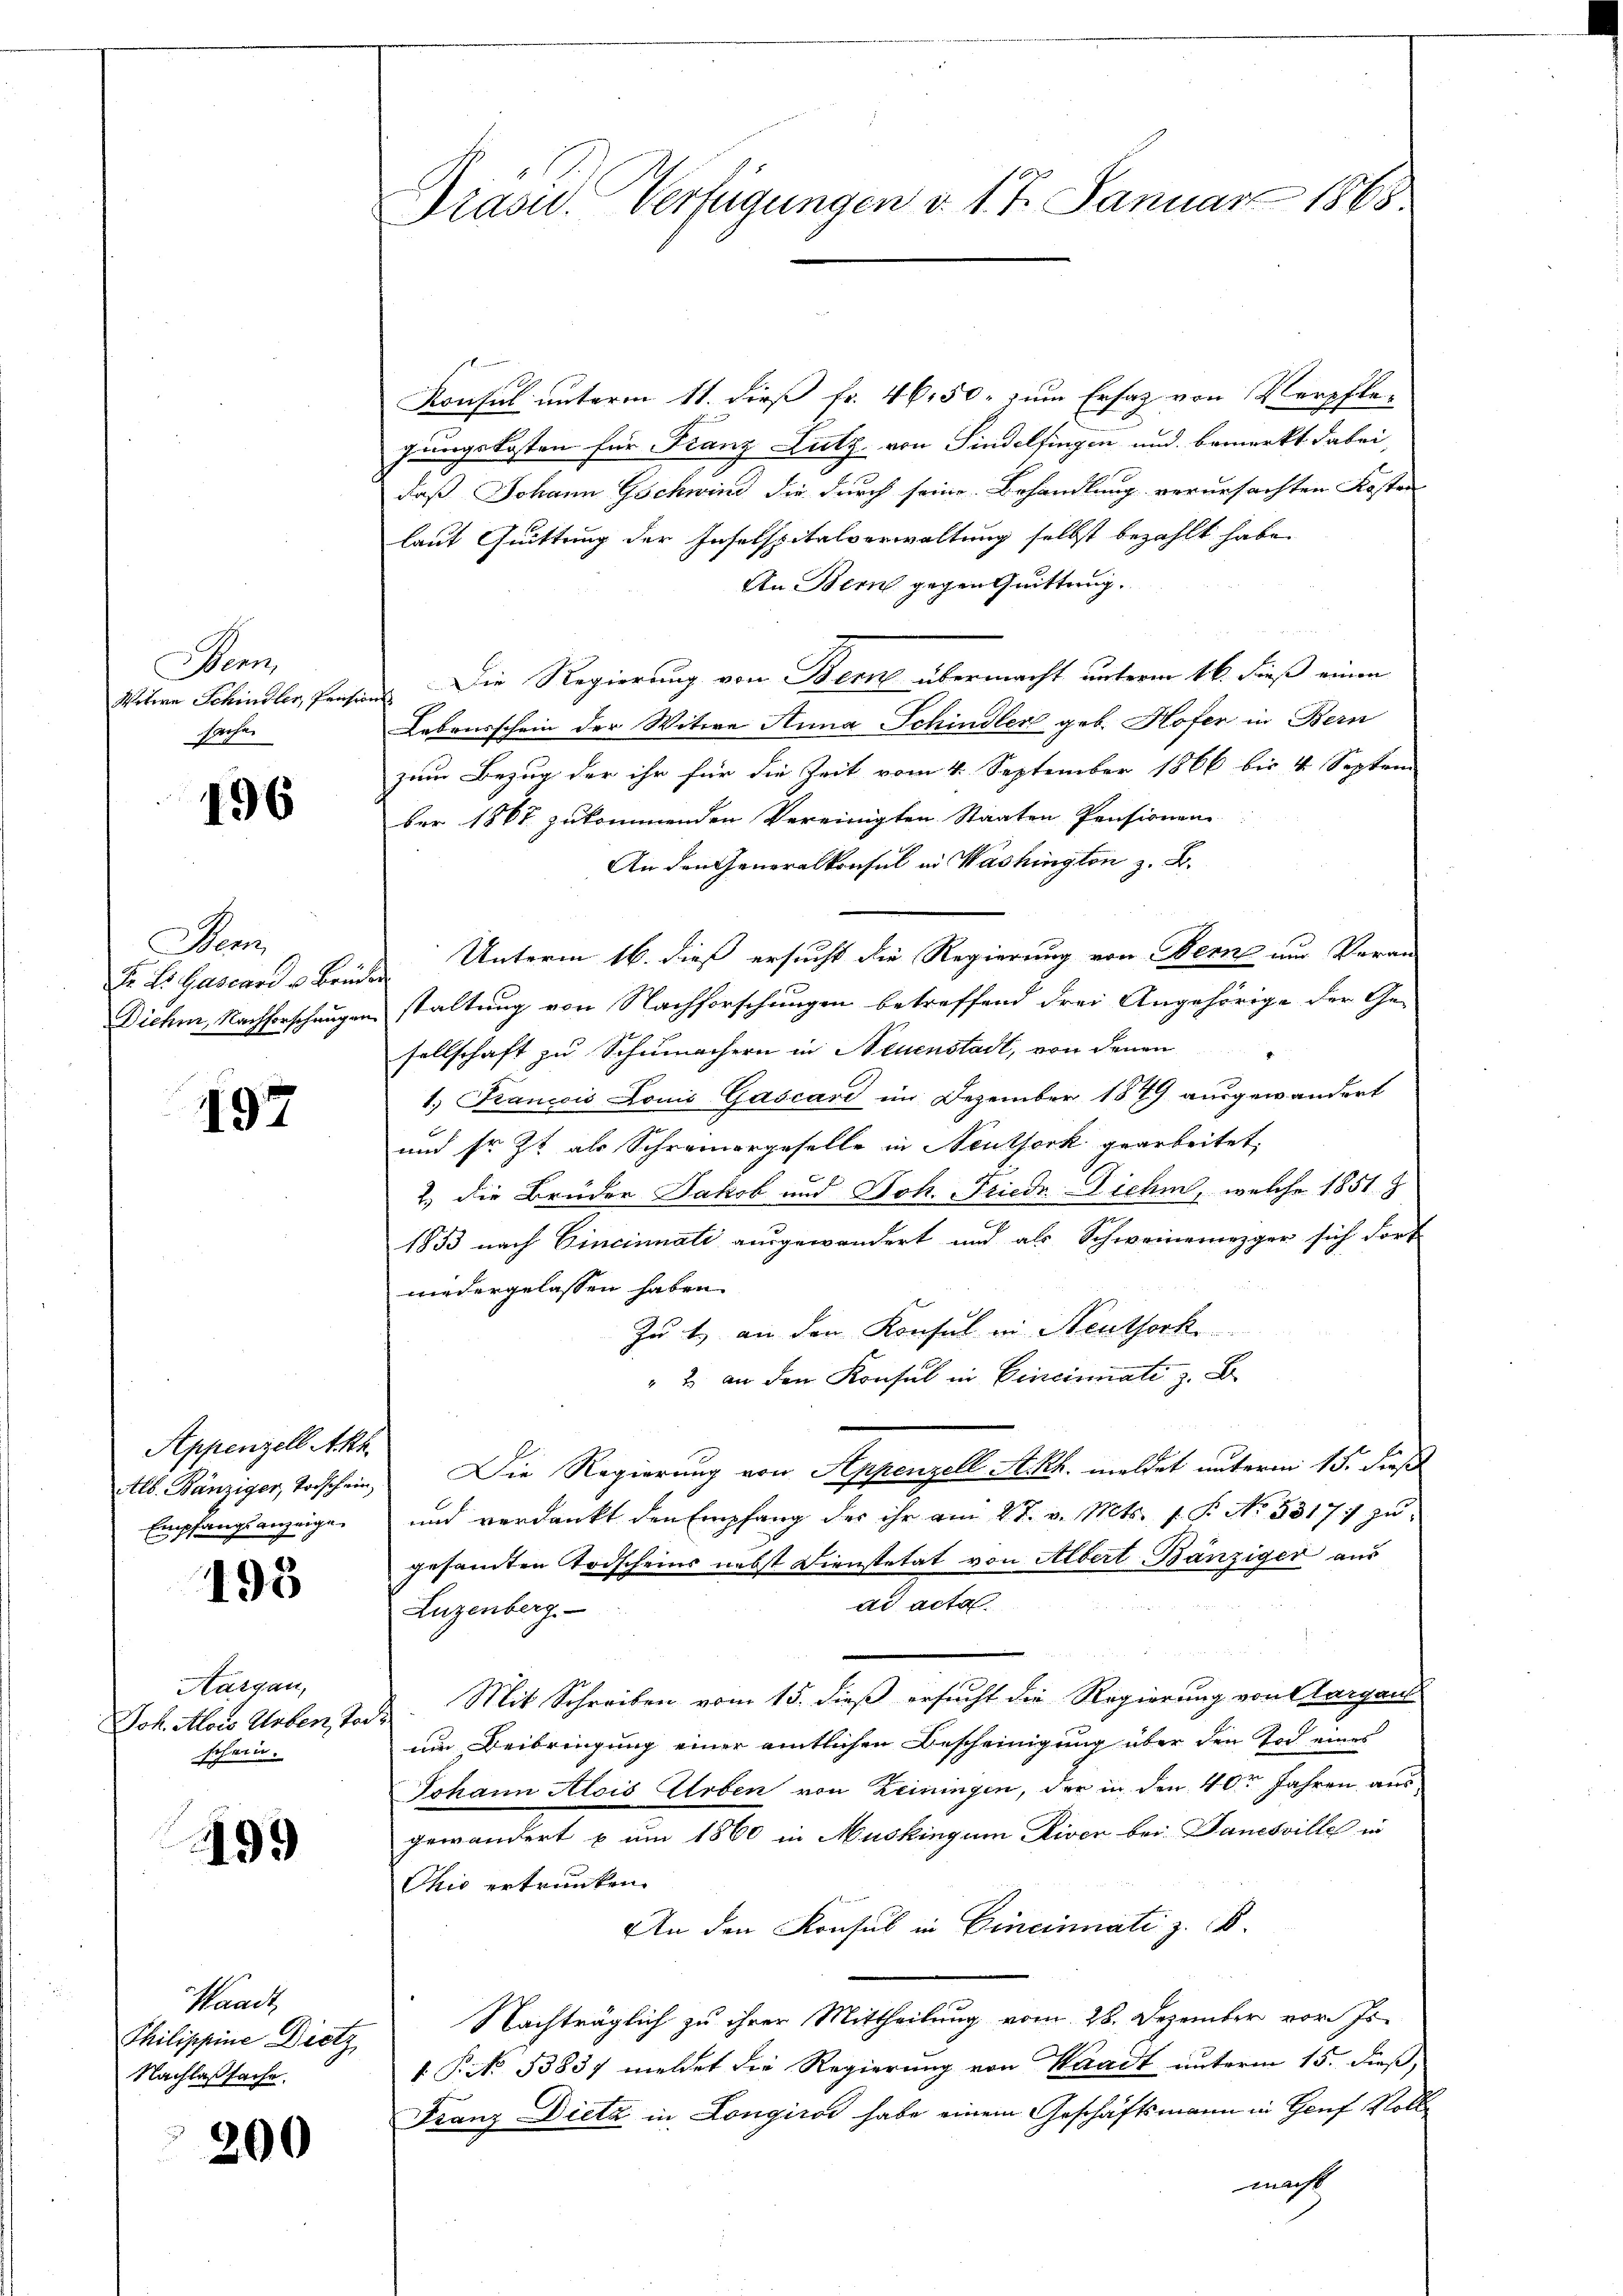
Man
Motive Schindler, Präse
Profes

496

Dans
I. Es Gascard u Brüde
Dieher, Nachforschungen

197

Appenzell Akk
Empfangsanzeige

193

Aargau,
Joh. Alois Ueber, vor
schein.

499

Waadt,
Philischeine Dietz
Nachlaßsache.

200

Präsid. Verfügungen d. 17. Januar 1868.

Konsul unterm 11. dieß fr. 46, 50. zum Ersatz von Verpfle-
gungskosten für Franz Lutz von Findelfingen und bemerkt dabei,
daß Johann Gschwind die durch seine Behandlung verursachten Kosten
laut Quittung der Inselspitalverwaltung selbst bezahlt habe.
An Bern gegen Quittung.
n
Die Regierung vom Bern übermacht unterm 16. dieß einen
d
Leburschein der Witwe Anna Schindler geb. Hofer in Bern
zum Bezug der ihr für die Zeit vom 4. September 1866 bis 4 Septem
ber 1868 zukommenden Vereinigten Staaten Pensionen
An den Generalkonsul in Washington z. B.
Unterm 16. dieß ersucht die Regierung von Berne nur Veran-
staltung von Nachforschungen betreffend drei Angehörige der Ge-
sellschaft zu Schumachern in Neuenstadt, von denen
1.) Francois Louis Gascard im Dezember 1849 ausgewandert
und sr. Zt. als Schreinergeselle in Neutserk gearbeitet,
2. die Brüder Jakob und Joh. Friedr Dich, welche 1851. 8
1853 nach Cincinnati ausgewandert und als Schweinemezger sich dort
niedergelassen haben.
Zu t an den Konsul in Neuthork
" 2 an den Konsul in Cincinati z. B.
Alb. Bänziger, Todschein, Die Regierung von Appenzell A.Rh. meldet unterm 15. dieß
und verdankt den Empfang des ihr am 28. v. Mts. f. P. No. 53177 zu
gesamten Todscheins nebst Dienstetät von Albert Bänziger aus
ad acta
Luzenberg
u
2. Mit Schreiben vom 15. dieß ersucht die Regierung von Aargaus
um Beibringung einer amtlichen Bescheinigung über den Tod eines
Johann Alois Arben von Zeiningen, der in den 40r Jahren aus
gewändert u um 1860 in Muskingum Diver bei. Danesville in
Chio ertrunken.
An den Konsul in Cincinati z. B.
Nachträglich zu ihrer Mittheilung vom 28. Dezember vor. Js.
1 P No 13837 meldet die Regierung von Waadt unterm 15. dieß,
Franz Dietz in Longiros habe einem Geschäftsmann in Genf Voll

macht